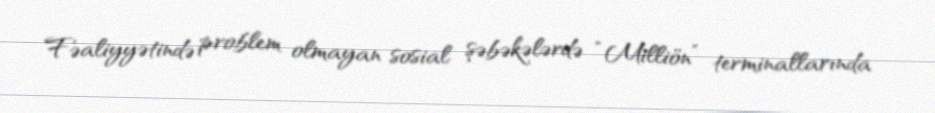
Fəaliyyətində problem olmayan sosial şəbəkələrdə “Milliön” terminallarında